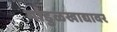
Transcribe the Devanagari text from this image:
गांडुळखाद्यावर